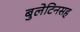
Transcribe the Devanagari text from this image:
बुलेटिनसह